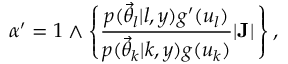
\alpha ^ { \prime } = 1 \wedge \left\{ \frac { p ( \ensuremath { \vec { \theta } } _ { l } | l , y ) g ^ { \prime } ( u _ { l } ) } { p ( \ensuremath { \vec { \theta } } _ { k } | k , y ) g ( u _ { k } ) } | { \bf J } | \, \right\} ,